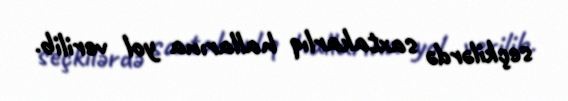
seçkilərdə saxtakarlıq hallarına yol verilib.